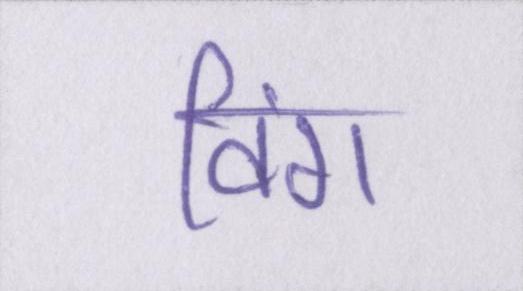
विंग